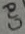
Text: Gnd